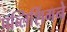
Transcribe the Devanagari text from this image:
पब्लिशिंगने